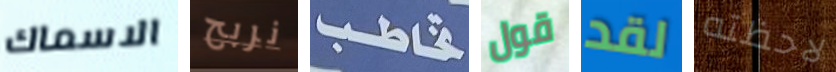
الاسماك نربح تخاطب قول لقد لاحظته